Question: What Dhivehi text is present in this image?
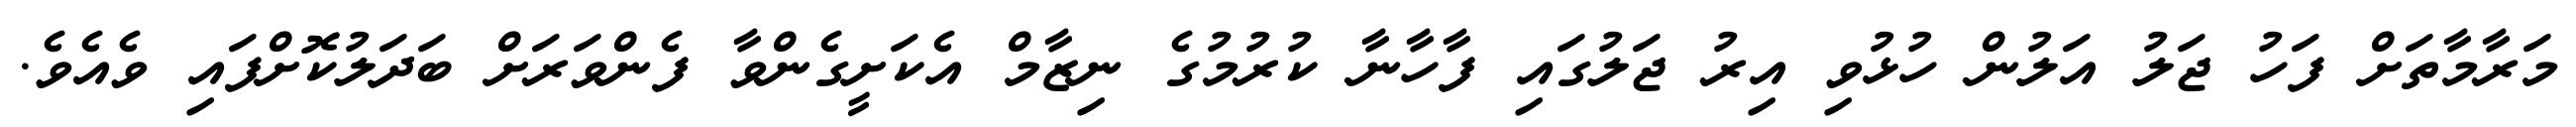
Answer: މަރާމާތަށް ފަހު ޖަލު އަލުން ހުޅުވި އިރު ޖަލުގައި ފާހާނާ ކުރުމުގެ ނިޒާމް އެކަށީގެންވާ ފެންވަރަށް ބަދަލުކޮށްފައި ވެއެވެ.